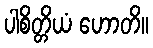
ပါစိတ္တိယံ ဟောတိ။